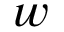
w